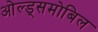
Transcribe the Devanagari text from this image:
ओल्ड्समोबिल